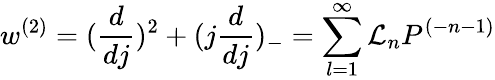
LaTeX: w^{(2)}=(\frac{d}{dj})^{2}+(j\frac{d}{dj})_{-}=\sum_{l=1}^{\infty}{\cal L}_{n}P^{(-n-1)}